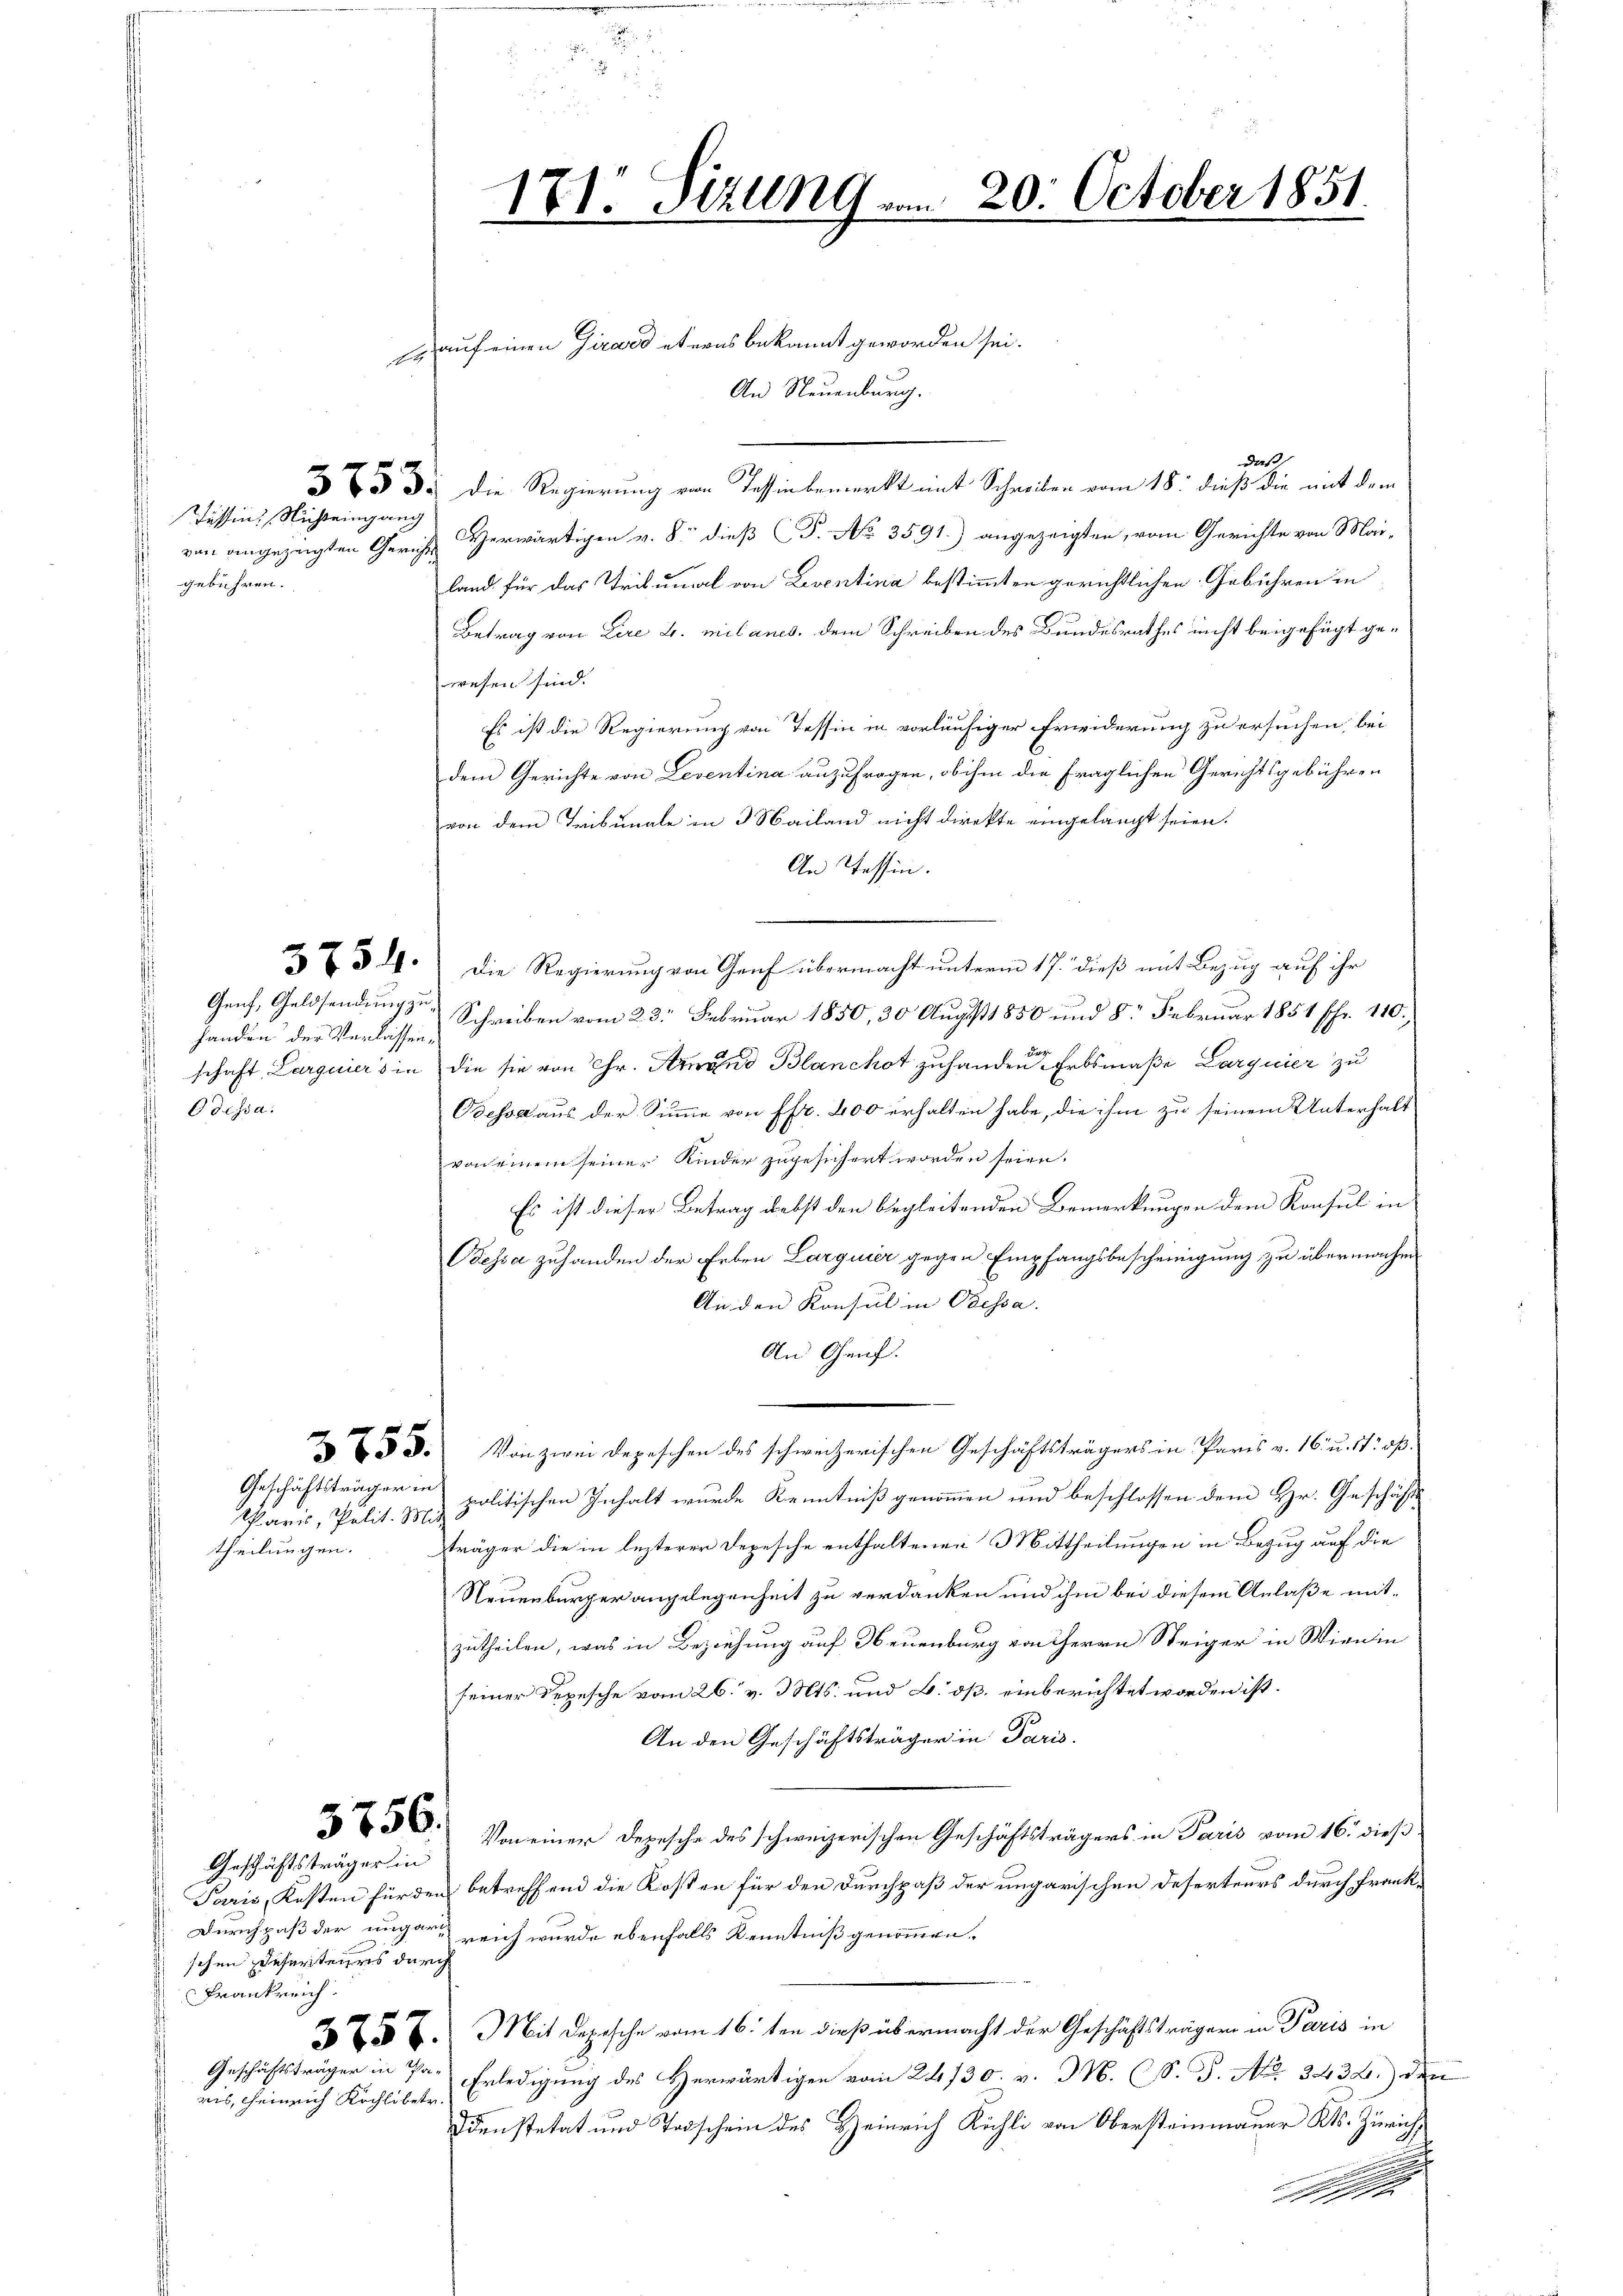
Tessin, Nichteingang
gebühren.

handen der Verlassen¬
Odessa.

Geschäftsträger in
Paris, Polit. Mit
theilungen.

Geschäftsträger in

schen Deferteurs durch
Frankreich.
 f x
Geschäftsträger in Pa-
ais, Heinrich Köchlibetr.

E auf einen Girard etwas bekannt geworden sei.
An Neuenburg.
das
335. Die Regierung von Tessin bemerkt mit Schreiben vom 18. dieß die mit dem
 von angezeigten Gericht erwärtigen v. 8. dieß (T. No. 3591.) angezeigten, vom Gerichte von Mai-
land für das Tribunal von Leventina bestimmten gerichtlichen Gebühren in
Betrag von Lire u. mitanes, dem Schreiben des Bundesrathes nicht beigefügt gewesen sind.
Es ist die Regierung von Tessin in vorläufiger Erwiderung zu ersuchen, bei
dem Gerichte von Leventina anzufragen, ob ihm die fraglichen Gerichtsgebühren
von dem Tribunale in 3 Mailand nicht direkte eingelangt seien.
An Tessin.
 34. Die Regierung von Genf übermacht unterm 17. dieß mit Bezug auf ihr
Genf, Geldsendungs Schreiben vom 23. Februar 1850, 30 August 1850 und 8. Februar 1851 Fr. 110.
schaft, Larguiers in die sie von Chr. Amand Blanchot zu handen Erbsmaße Larguier zu
Odessa aus der Summe von Pfr. 400 erhalten habe, die ihm zu seinem Unterhalt
von einem seiner Kinder zugesichert worden seien.
Es ist dieser Betrag nebst den begleitenden Bemerkungen dem Konsul in
Odessa zuhanden der Erben Larquier gegen Empfangsbescheinigung zu übermachen
An den Konsul in Odessa.
An Genf.
33. Von zwei Depeschen des schweizerischen Geschäftsträgers in Paris v. 16. u. 11: op.
politischen Inhalt wurde Kenntniß genommen und beschlossen dem Hr. Geschäfts
träger die in lezterer Depesche enthaltenen Mittheilungen in Bezug auf die
Neuenburger angelegenheit zu verdanken und ihm bei diesem Anlaße mitzutheilen, was in Beziehung auf Neuenburg von HHerrn Steiger in Wien in
seiner Repesche vom 26. v. Mts. und B. ds. einberichtet worden ist.
An den Geschäftsträger in Paris.
3. Von einer Depesche des schweizerischen Geschäftsträgers in Paris vom 16. dieß
Paris, Kosten für den betreffend die Rosten für den Durchpaß der ungarischen Deserteurs durch Frank¬
Durchpaß der ungar reich wurde ebenfalls Kenntniß genommen.
 6. Mit Depesche vom 16. ten dieß übermacht der Geschäftsträgern in Paris in
Erledigung des Herwärtigen vom 24/30. v. 3. (S. G. No. 3432.) des
Ddenstetat und Todschein des Heinrich Kühli von Obersteinmauer Kts. Zürich,

171. Fizung am 20. October 1851.

b